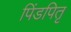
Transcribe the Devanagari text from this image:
पिंडपितृ